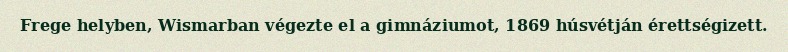
Frege helyben, Wismarban végezte el a gimnáziumot, 1869 húsvétján érettségizett.